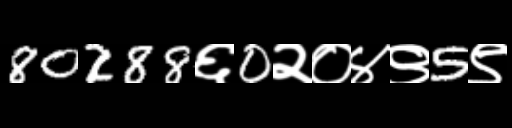
Text: 80288६0२०४९5९